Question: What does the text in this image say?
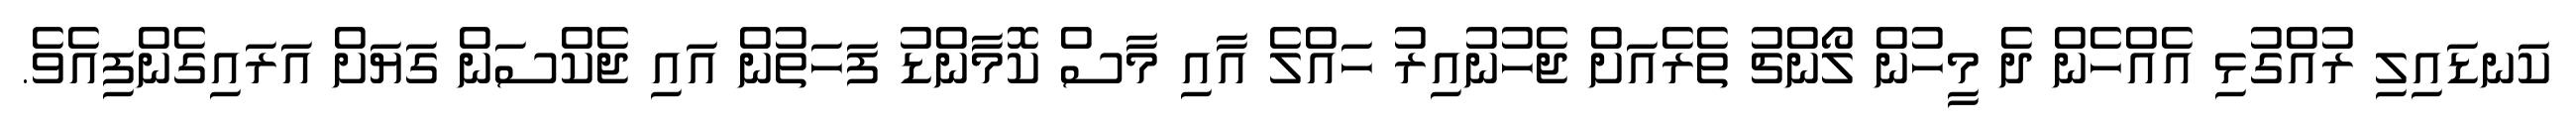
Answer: ކަނޑައިލި ރުއްގުޅި އެއްހެން ދެ މީހުން ލޯންޗު ތެރެއަށް ޖެހުނުއިރު ހައްލެ އާއި މާސް ކޮމާންޑު ފަހަތުން އައި ޖެކްސަން ގަޔަށް އަރައިގެންފިއެވެ.